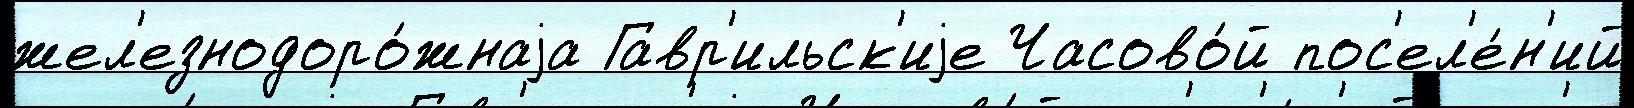
жел'езнодоро́жнаjа Гавр'ильск'иjе Часово́й пос'ел'е́н'ий